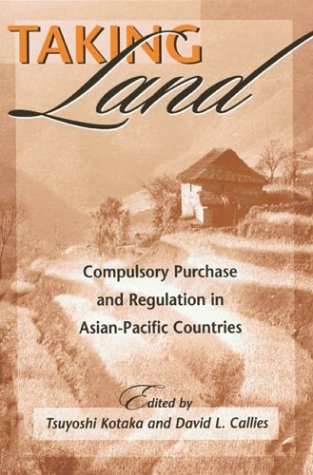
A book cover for Taking Land: Compulsory Purchase and Regulation in Asian-Pacific Countries; Law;